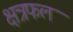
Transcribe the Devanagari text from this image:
क्षत्रफल